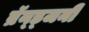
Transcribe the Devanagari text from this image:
ब्रॅन्ड्जनी